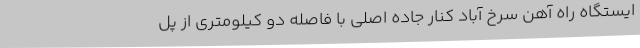
ایستگاه راه آهن سرخ آباد کنار جاده اصلی با فاصله دو کیلومتری از پل